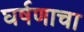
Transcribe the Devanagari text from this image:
घर्षणाचा